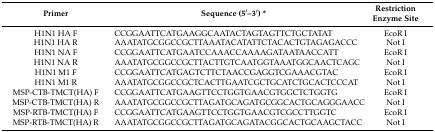
<table><thead><tr><td><b>Primer</b></td><td><b>Sequence (5′–3′) *</b></td><td><b>Restriction Enzyme Site</b></td></tr></thead><tbody><tr><td>H1N1 HA F</td><td>CCGGAATTCATGAAGGCAATACTAGTAGTTCTGCTATAT</td><td>EcoR I</td></tr><tr><td>H1N1 HA R</td><td>AAATATGCGGCCGCTTAAATACATATTCTACACTGTAGAGACCC</td><td>Not I</td></tr><tr><td>H1N1 NA F</td><td>CCGGAATTCATGAATCCAAACCAAAAGATAATAACCATT</td><td>EcoR I</td></tr><tr><td>H1N1 NA R</td><td>AAATATGCGGCCGCTTACTTGTCAATGGTAAATGGCAACTCAGC</td><td>Not I</td></tr><tr><td>H1N1 M1 F</td><td>CCGGAATTCATGAGTCTTCTAACCGAGGTCGAAACGTAC</td><td>EcoR I</td></tr><tr><td>H1N1 M1 R</td><td>AAATATGCGGCCGCTCACTTGAATCGCTGCATCTGCACTCCCAT</td><td>Not I</td></tr><tr><td>MSP-CTB-TMCT(HA) F</td><td>CCGGAATTCATGAAGTTCCTGGTGAACGTGGCTCTGGTG</td><td>EcoR I</td></tr><tr><td>MSP-CTB-TMCT(HA) R</td><td>AAATATGCGGCCGCTTAGATGCAGATGCGGCACTGCAGGGAACC</td><td>Not I</td></tr><tr><td>MSP-RTB-TMCT(HA) F</td><td>CCGGAATTCATGAAGTTCCTGGTGAACGTCGCCTTGGTC</td><td>EcoR I</td></tr><tr><td>MSP-RTB-TMCT(HA) R</td><td>AAATATGCGGCCGCTTAGATGCAGATACGGCACTGCAAGCTACC</td><td>Not I</td></tr></tbody></table>